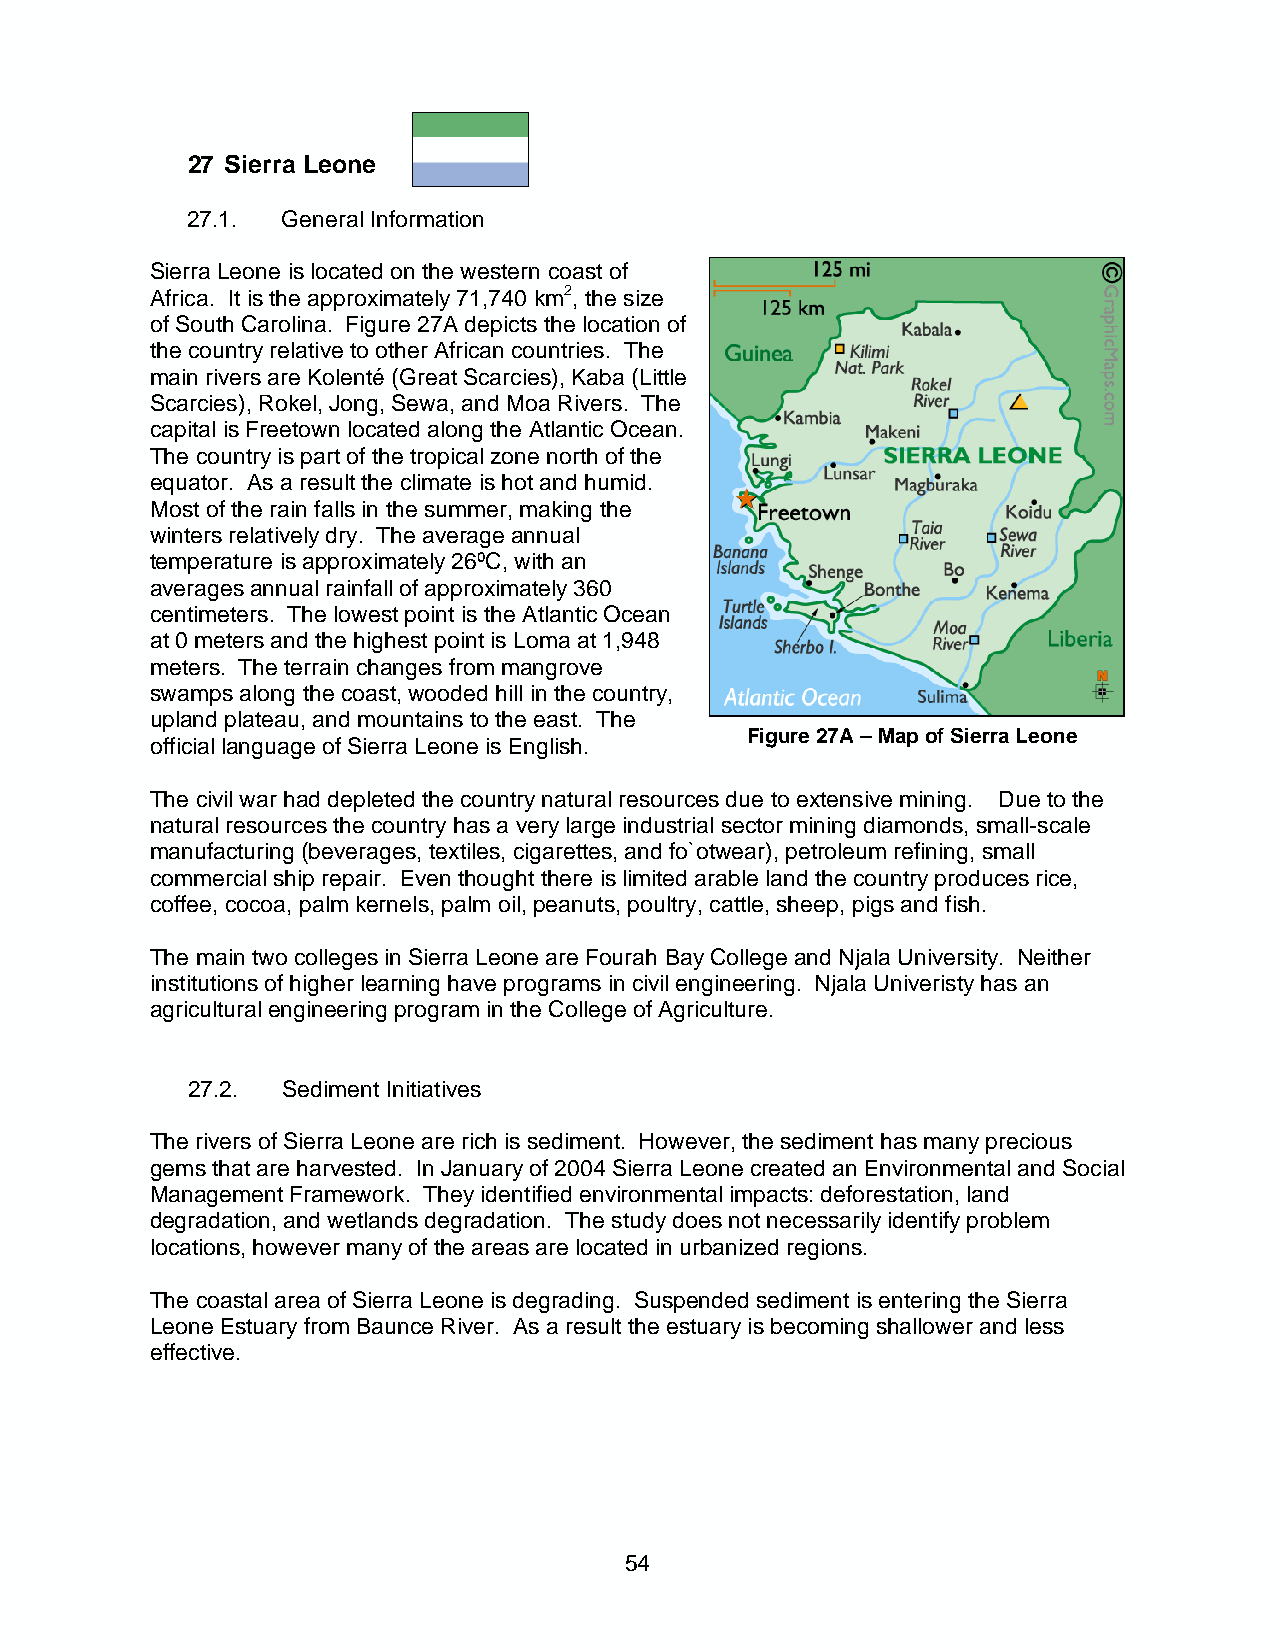
27 Sierra Leone
 27.1.  General Information
 Sierra Leone is located on the western coast of
 Africa. It is the approximately 71,740 km2, the size
 of South Carolina. Figure 27A depicts the location of
 the country relative to other African countries. The
 main rivers are Kolenté (Great Scarcies), Kaba (Little
 Scarcies), Rokel, Jong, Sewa, and Moa Rivers. The
 capital is Freetown located along the Atlantic Ocean.
 The country is part of the tropical zone north of the
 equator. As a result the climate is hot and humid.
 Most of the rain falls in the summer, making the
 winters relatively dry. The average annual
 temperature is approximately 26ºC, with an
 averages annual rainfall of approximately 360
 centimeters. The lowest point is the Atlantic Ocean
 at 0 meters and the highest point is Loma at 1,948
 meters. The terrain changes from mangrove
 swamps along the coast, wooded hill in the country,
 upland plateau, and mountains to the east. The
 Figure 27A – Map of Sierra Leone
 official language of Sierra Leone is English.
 The civil war had depleted the country natural resources due to extensive mining. Due to the
 natural resources the country has a very large industrial sector mining diamonds, small-scale
 manufacturing (beverages, textiles, cigarettes, and fo`otwear), petroleum refining, small
 commercial ship repair. Even thought there is limited arable land the country produces rice,
 coffee, cocoa, palm kernels, palm oil, peanuts, poultry, cattle, sheep, pigs and fish.
 The main two colleges in Sierra Leone are Fourah Bay College and Njala University. Neither
 institutions of higher learning have programs in civil engineering. Njala Univeristy has an
 agricultural engineering program in the College of Agriculture.
 27.2.  Sediment Initiatives
 The rivers of Sierra Leone are rich is sediment. However, the sediment has many precious
 gems that are harvested. In January of 2004 Sierra Leone created an Environmental and Social
 Management Framework. They identified environmental impacts: deforestation, land
 degradation, and wetlands degradation. The study does not necessarily identify problem
 locations, however many of the areas are located in urbanized regions.
 The coastal area of Sierra Leone is degrading. Suspended sediment is entering the Sierra
 Leone Estuary from Baunce River. As a result the estuary is becoming shallower and less
 effective.
 54